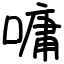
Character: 嘃